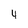
Character: 4